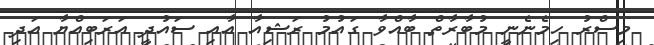
މިސްރު ހިމެނެނީ މުބާރާތް ބާއްވާ ގައުމު ރަޝިއާ އާއި ސައުދީ އަރަބިއްޔާ އަދި